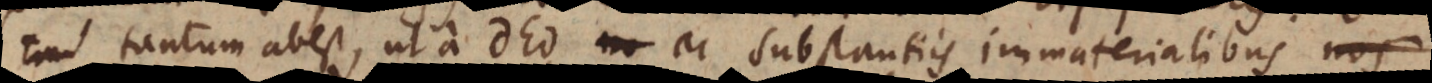
tantum abest, ut a Deo et Substantiis immaterialibus nos